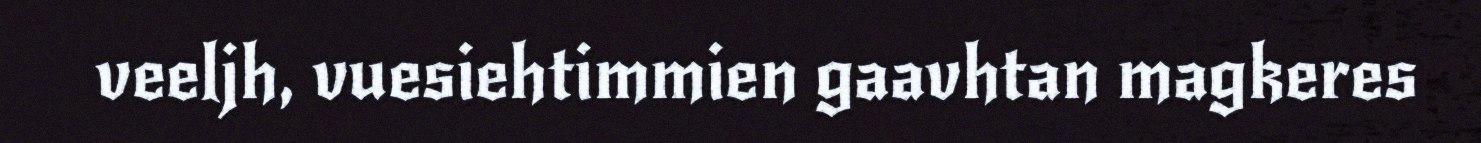
veeljh, vuesiehtimmien gaavhtan magkeres